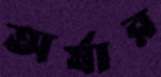
অর্ষার